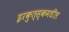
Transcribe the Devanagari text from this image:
इरकुत्स्कमधील